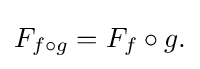
\displaystyle {F_{f\circ g}=F_{f}\circ g.}